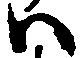
ハ